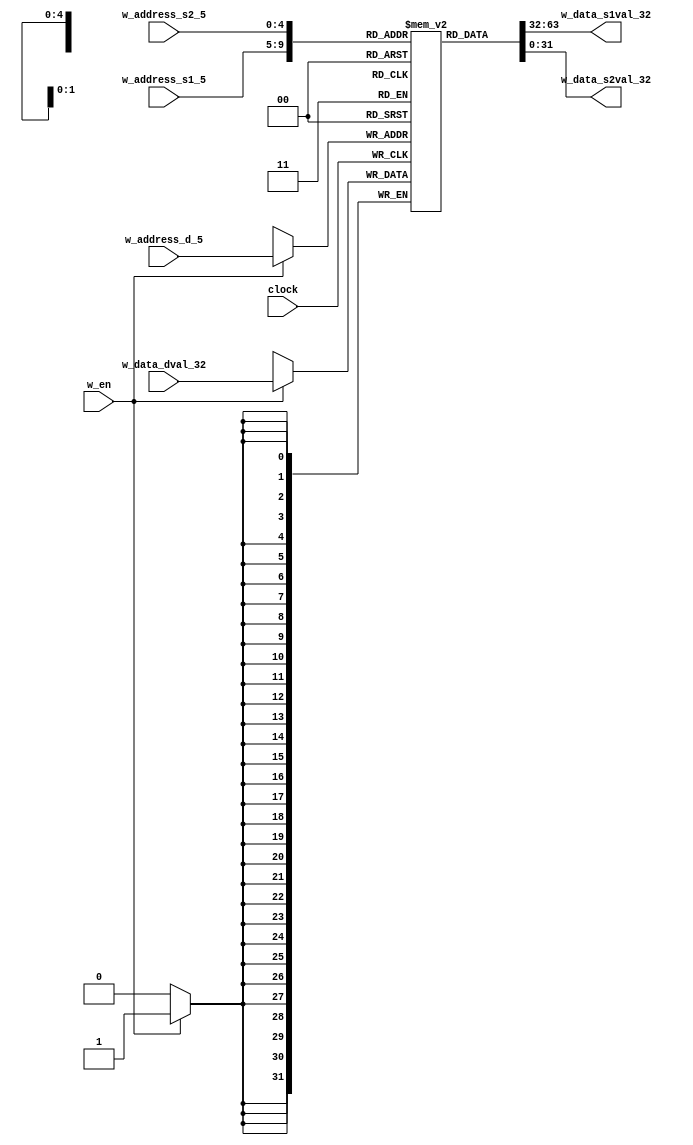
module register_file
(
    clock,
    w_address_s1_5,
    w_address_s2_5,
    w_address_d_5,
    w_data_dval_32,
    w_data_s1val_32,
    w_data_s2val_32,
    w_en
);
input clock, w_en;
input wire[4:0] w_address_s1_5, w_address_s2_5, w_address_d_5;
input wire[31:0] w_data_dval_32;
output wire[31:0] w_data_s1val_32, w_data_s2val_32;
reg[31:0] reg_file[31:0];
integer k;
initial
begin
    for (k=0; k<32; k=k+1)
    begin
        if(k==29)
            reg_file[k] = 32'h80028000;
        else
            reg_file[k] = k;
        //$display("Register: reg_file%h", reg_file[k]);
    end
end

//initialziing register file
assign w_data_s1val_32 = reg_file[w_address_s1_5];
assign w_data_s2val_32 = reg_file[w_address_s2_5];

/*reg_file[5'b00000] = 32'h0;
reg_file[5'b00001] = 32'h00000001;
reg_file[5'b00010] = 32'h00000002;
reg_file[5'b00011] = 32'h00000003;
reg_file[5'b00100] = 32'h00000004;
reg_file[5'b00101] = 32'h00000005;
reg_file[5'b00110] = 32'h00000006;
reg_file[5'b00111] = 32'h00000007;
reg_file[5'b01000] = 32'h00000008;
reg_file[5'b01001] = 32'h00000009;
reg_file[5'b01010] = 32'h0000000A;
reg_file[5'b01011] = 32'h0000000B;
reg_file[5'b01100] = 32'h0000000C;
reg_file[5'b01101] = 32'h0000000D;
reg_file[5'b01110] = 32'h0000000E;
reg_file[5'b01111] = 32'h0000000F;
reg_file[5'b10000] = 32'h00000010;
reg_file[5'b10001] = 32'h00000020;
reg_file[5'b10010] = 32'h00000030;
reg_file[5'b10011] = 32'h00000040;
reg_file[5'b10100] = 32'h00000050;
reg_file[5'b10101] = 32'h00000060;
reg_file[5'b10110] = 32'h00000070;
reg_file[5'b10111] = 32'h00000080;
reg_file[5'b11000] = 32'h00000090;
reg_file[5'b11001] = 32'h000000A0;
reg_file[5'b11010] = 32'h000000B0;
reg_file[5'b11011] = 32'h000000C0;
reg_file[5'b11100] = 32'h000000D0;
reg_file[5'b11101] = 32'h000000E0;
reg_file[5'b11110] = 32'h000000F0; */

always @(posedge clock) begin
    if(w_en)
    begin
        reg_file[w_address_d_5] = w_data_dval_32;
        $display("Register addr: %d data: %d; data: %h",w_address_d_5, w_data_dval_32, w_data_dval_32);
    end
end
endmodule